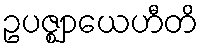
ဥပဇ္ဈာယေဟီတိ